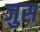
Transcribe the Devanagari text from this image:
जुस